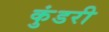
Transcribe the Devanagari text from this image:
कुंडरी